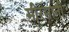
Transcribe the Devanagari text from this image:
मीरमानी